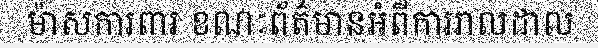
ម៉ាសការពារ ខណៈព័ត៌មានអំពីការរាលដាល